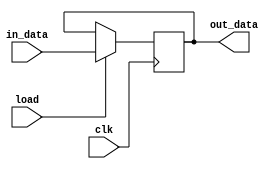
module reg_parametrizado(
  clk, // sinal de clock
  load, // sinal de carga
  in_data, // entrada de dados
  out_data // sada de dados
);
  parameter BITS = 64; // nmero de bits do registrador

  input clk, load;
  input [BITS-1:0] in_data;
  output [BITS-1:0] out_data;

   // nmero de bits do registrador

  reg [BITS-1:0] register; // registrador

  assign out_data = register; // sada dos dados registrados

  always @(posedge clk) begin
    if (load) // carga habilitada
      register <= in_data; // atualiza o valor do registrador
  end

endmodule